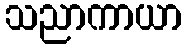
သညာကာယာ